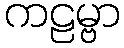
ကဠမ္ဗာ